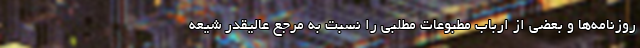
روزنامه‌ها و بعضی از ارباب مطبوعات مطلبی را نسبت به مرجع عالیقدر شیعه